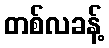
တစ်လခန့်